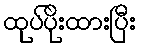
ထုပ်ပိုးထားပြီး